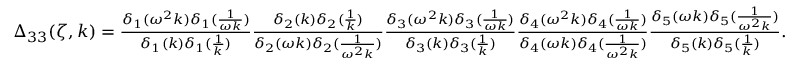
\begin{array} { r } { \Delta _ { 3 3 } ( \zeta , k ) = \frac { \delta _ { 1 } ( \omega ^ { 2 } k ) \delta _ { 1 } ( \frac { 1 } { \omega k } ) } { \delta _ { 1 } ( k ) \delta _ { 1 } ( \frac { 1 } { k } ) } \frac { \delta _ { 2 } ( k ) \delta _ { 2 } ( \frac { 1 } { k } ) } { \delta _ { 2 } ( \omega k ) \delta _ { 2 } ( \frac { 1 } { \omega ^ { 2 } k } ) } \frac { \delta _ { 3 } ( \omega ^ { 2 } k ) \delta _ { 3 } ( \frac { 1 } { \omega k } ) } { \delta _ { 3 } ( k ) \delta _ { 3 } ( \frac { 1 } { k } ) } \frac { \delta _ { 4 } ( \omega ^ { 2 } k ) \delta _ { 4 } ( \frac { 1 } { \omega k } ) } { \delta _ { 4 } ( \omega k ) \delta _ { 4 } ( \frac { 1 } { \omega ^ { 2 } k } ) } \frac { \delta _ { 5 } ( \omega k ) \delta _ { 5 } ( \frac { 1 } { \omega ^ { 2 } k } ) } { \delta _ { 5 } ( k ) \delta _ { 5 } ( \frac { 1 } { k } ) } . } \end{array}